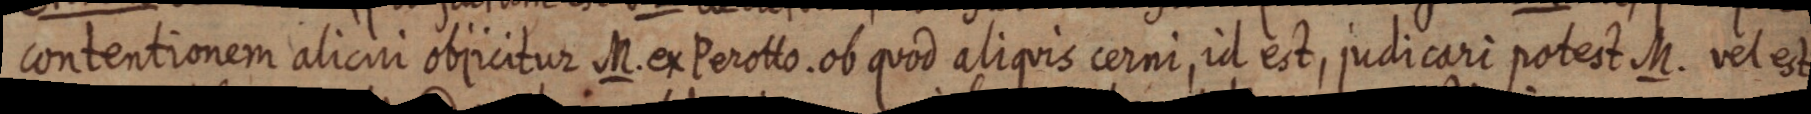
contentionem alicui objicitur M. ex Perotto. ob quod aliquis cerni, id est, judicari potest M. vel est